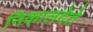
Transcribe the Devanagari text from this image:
निकालदेते